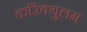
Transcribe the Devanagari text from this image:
करिक्युलम